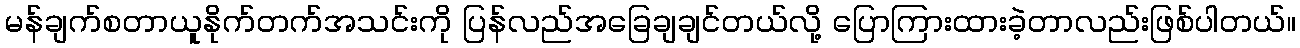
မန်ချက်စတာယူနိုက်တက်အသင်းကို ပြန်လည်အခြေချချင်တယ်လို့ ပြောကြားထားခဲ့တာလည်းဖြစ်ပါတယ်။